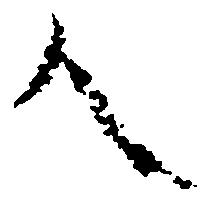
人